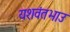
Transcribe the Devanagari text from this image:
यशवंतभाउ